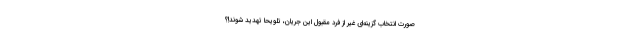
صورت انتخاب گزینه‌ای غیر از فرد مقبول این جریان، تلویحا تهدید شوند!؟